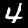
Label: 4